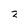
Character: 2